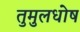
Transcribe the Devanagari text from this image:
तुमुलधोष